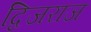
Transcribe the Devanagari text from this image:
द्विजराज